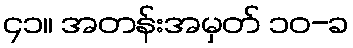
၄၁။ အတန်းအမှတ် ၁၀-ခ